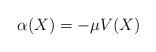
LaTeX: \begin{align*}\alpha(X)=-\mu V(X)\end{align*}